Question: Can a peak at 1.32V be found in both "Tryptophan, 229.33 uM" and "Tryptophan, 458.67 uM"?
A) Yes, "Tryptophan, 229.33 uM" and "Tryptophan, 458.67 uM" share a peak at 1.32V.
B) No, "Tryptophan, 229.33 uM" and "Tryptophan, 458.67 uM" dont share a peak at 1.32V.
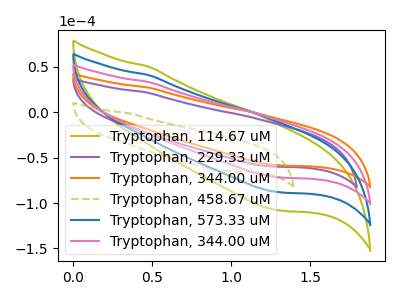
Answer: <think>The olive curve "Tryptophan, 114.67 uM" has no peaks. The purple curve "Tryptophan, 229.33 uM" has no peaks. The orange curve "Tryptophan, 344.00 uM" has no peaks. The olive dashed curve "Tryptophan, 458.67 uM" has no peaks. The blue curve "Tryptophan, 573.33 uM" has no peaks. The pink curve "Tryptophan, 344.00 uM" has no peaks.</think>
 <answer>B) No, "Tryptophan, 229.33 uM" and "Tryptophan, 458.67 uM" dont share a peak at 1.32V.</answer>
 <eval>B</eval>